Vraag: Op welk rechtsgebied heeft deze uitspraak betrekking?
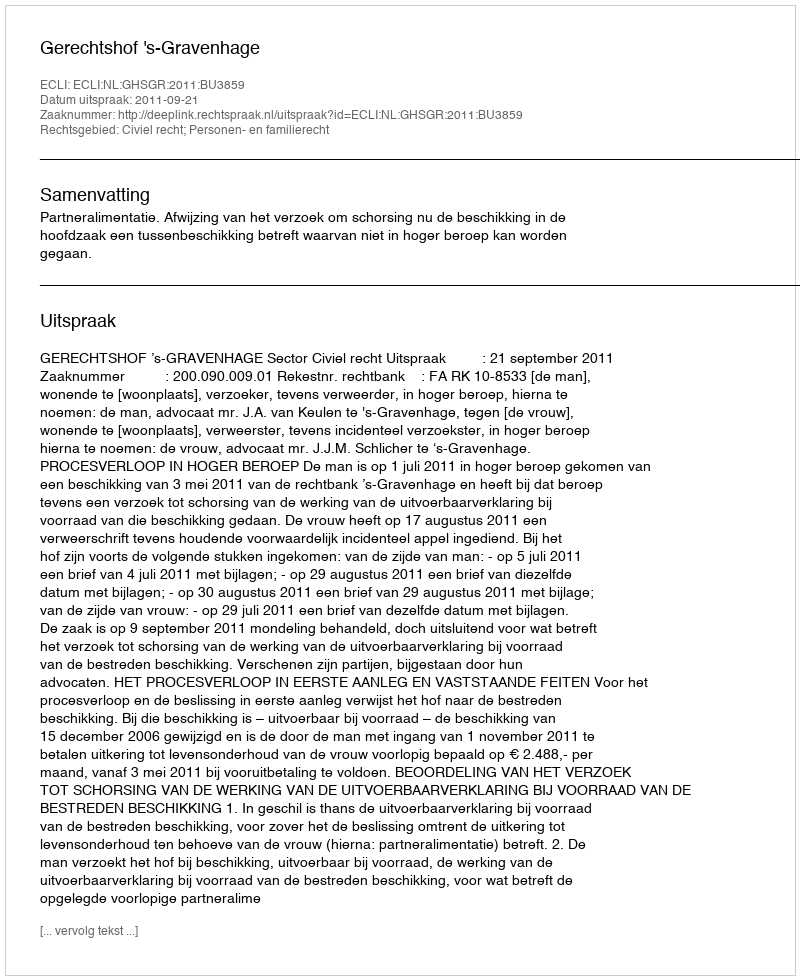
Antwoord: Civiel recht; Personen- en familierecht